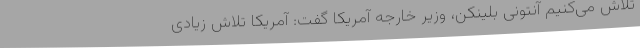
تلاش می‌کنیم آنتونی بلینکن، وزیر خارجه آمریکا گفت: آمریکا تلاش زیادی